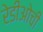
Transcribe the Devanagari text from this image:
रेडीओची